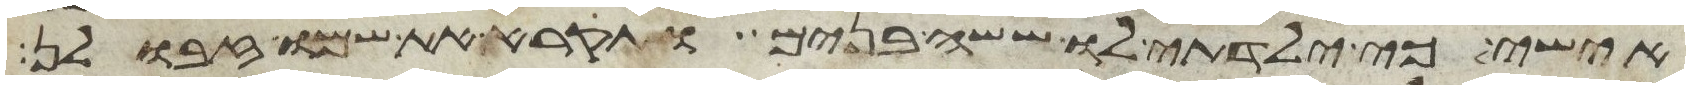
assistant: אישי כי ילדתי לו ששה בנים ותקרא את שמו זבולן